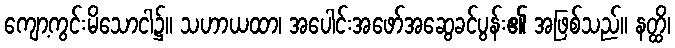
ကျော့ကွင်းမိသောငါ၌။ သဟာယထာ၊ အပေါင်းအဖော်အဆွေခင်ပွန်း၏ အဖြစ်သည်။ နတ္ထိ၊